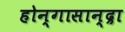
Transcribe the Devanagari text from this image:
होन्गासान्द्रा